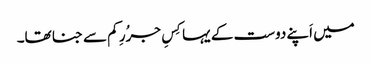
میں اَپنے دوست کے یہا کِسِ جرُرِ کم سے جنا تھا۔